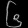
Digit: ၆